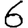
Digit: 6